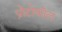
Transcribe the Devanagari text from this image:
प्रोटोकाॅल